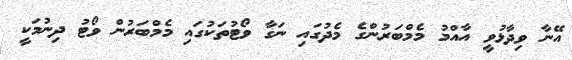
އޭނާ ވިދާޅުވީ އާއްމު މެމްބަރުންގެ މެދުގައި ނަގާ ވޯޓުތަކުގައި މެމްބަރުން ވޯޓު ދިނުމަކީ